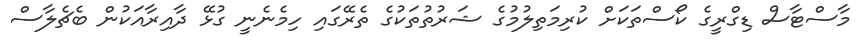
މާސްޓާސް ޑިގްރީގެ ކޯސްތަކަށް ކުރިމަތިލުމުގެ ޝަރުތުތަކުގެ ތެރޭގައި ހިމެނެނީ ގުޅޭ ދާއިރާއަކުން ބެޗެލާސް